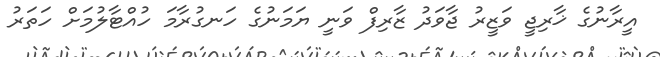
އީރާނުގެ ޚާރިޖީ ވަޒީރު ޖާވަދު ޒާރިފް ވަނީ ޔަމަނުގެ ހަނގުރާމަ ހުއްޓާލުމަށް ހަތަރު